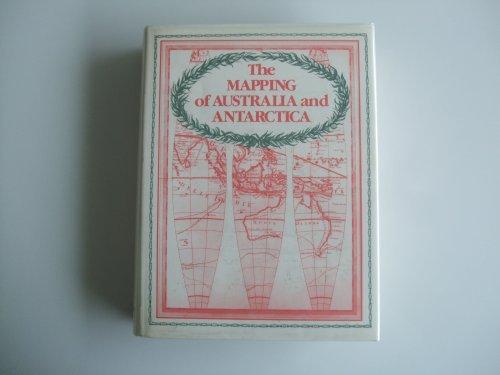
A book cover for Mapping of Australia and Antarctica (Holland Press cartographica); Ronald Vere Tooley; Travel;